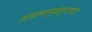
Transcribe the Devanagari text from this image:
असल्यामुळेयुनायटेड